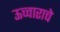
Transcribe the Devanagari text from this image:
ऊच्चाराचे